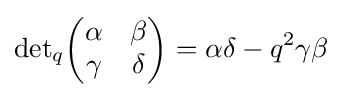
{\det }_{q}{\begin{pmatrix}\alpha &\beta \\\gamma &\delta \end{pmatrix}}=\alpha \delta -q^{2}\gamma \beta